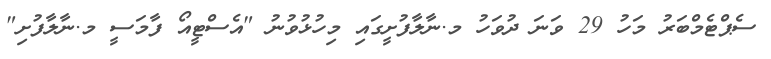
ސެޕްޓެމްބަރު މަހު 29 ވަނަ ދުވަހު މ.ނާލާފުށީގައި މިހުޅުވުނު "އެސްޓީއޯ ފާމަސީ މ.ނާލާފުށި"